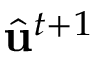
\hat { \mathrm { \mathbf { u } } } ^ { t + 1 }